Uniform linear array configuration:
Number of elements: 12
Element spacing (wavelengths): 0.25
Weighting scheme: hamming
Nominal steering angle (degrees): -60
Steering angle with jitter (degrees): -59.715
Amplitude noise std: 0.05
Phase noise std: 0.05

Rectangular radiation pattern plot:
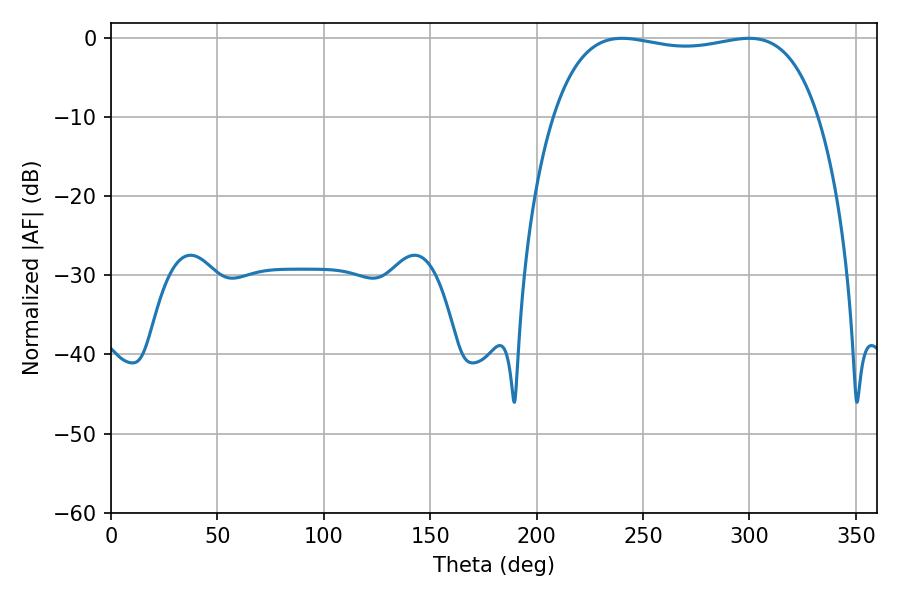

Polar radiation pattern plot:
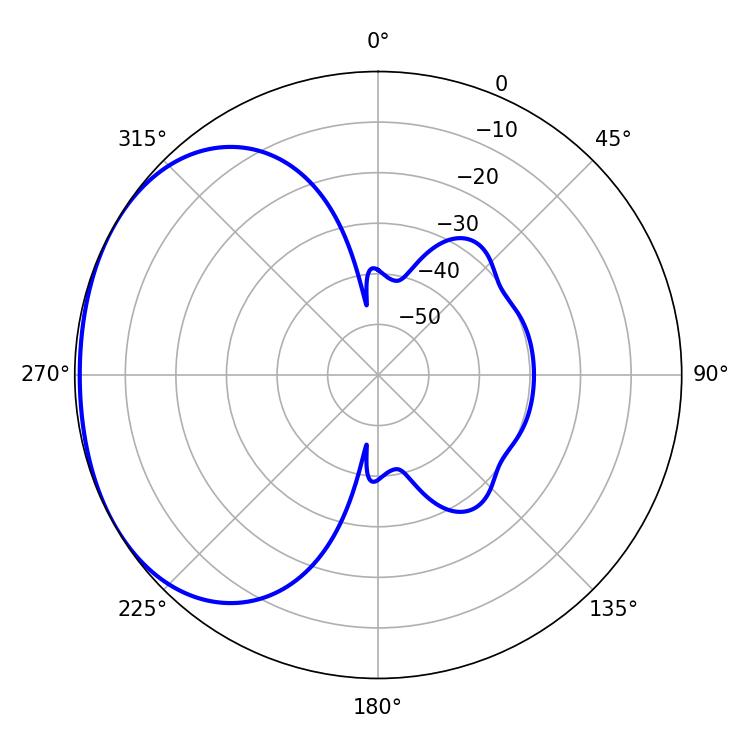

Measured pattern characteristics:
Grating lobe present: FALSE
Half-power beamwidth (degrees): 100.44
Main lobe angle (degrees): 240.12